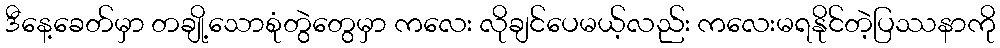
ဒီနေ့ခေတ်မှာ တချို့သောစုံတွဲတွေမှာ ကလေး လိုချင်ပေမယ့်လည်း ကလေးမရနိုင်တဲ့ပြဿနာကို